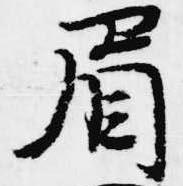
眉